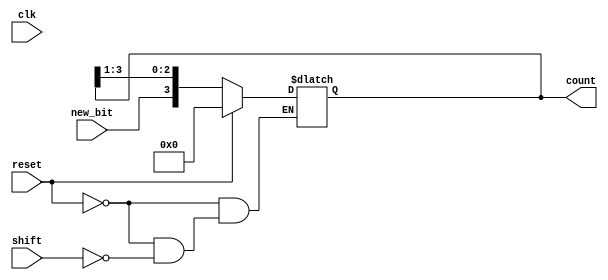
module async_shift_counter (
    input wire clk,          // Clock signal (not used in this asynchronous design)
    input wire reset,        // Asynchronous reset signal
    input wire shift,        // Shift input signal
    input wire new_bit,      // Input for the new bit to be shifted in
    output wire [N-1:0] count // Output for the current state of the counter
);
    parameter N = 4; // Number of bits in the counter

    // D flip-flops to hold the current state of the counter
    reg [N-1:0] state;

    // Asynchronous reset and shift logic
    always @(*) begin
        if (reset) begin
            state = 0; // Reset the counter to zero
        end else if (shift) begin
            // Shift right and insert new_bit as LSB
            state = {new_bit, state[N-1:1]};
        end else begin
            state = state; // Hold current state if no shift
        end
    end

    // Assign current state to output
    assign count = state;

endmodule